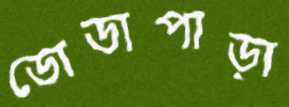
ডোডাপাড়া